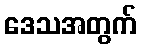
ဒေသအတွက်